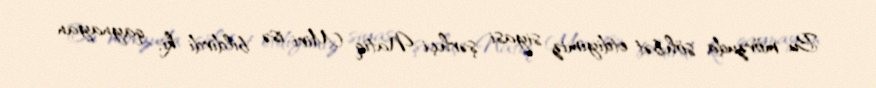
Bu mövzuda söhbət etdiyimiz siyasi şərhçi Natiq Miri isə bildirdi ki, qaynayan